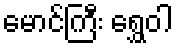
မောင်ကြီး ရွှေဝါ